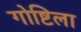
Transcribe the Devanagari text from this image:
गोष्टिला